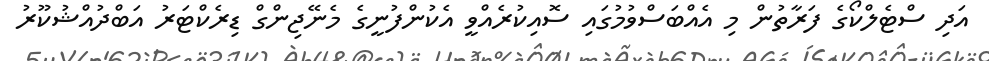
އަދި ސްޓެލްކޯގެ ފަރާތުން މި އެއްބަސްވުމުގައި ސޮއިކުރެއްވީ އެކުންފުނީގެ މެނޭޖިންގް ޑިރެކްޓަރު އަބްދުއްޝުކޫރު